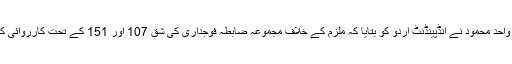
ڈی آئی خان کے ضلعی پولیس آفیسر واحد محمود نے انڈپینڈنٹ اردو کو بتایا کہ ملزم کے خلاف مجموعہ ضابطہ فوجداری کی شق 107 اور 151 کے تحت کارروائی کی گئی اور اس کو گرفتار کیا گیا تھا۔